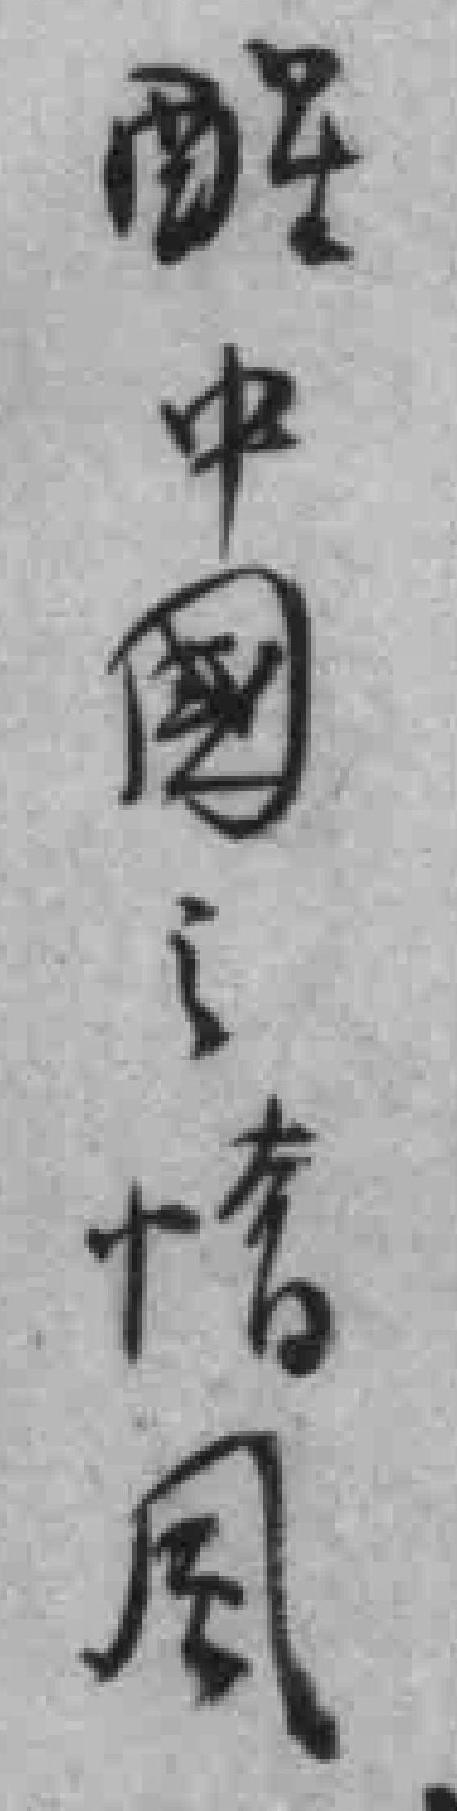
醒中國之惰風